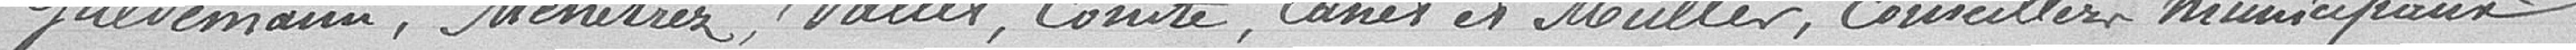
Gulvemann, Menétrez, Vallet, Comte, Canet et Muller, conseillers municipaux